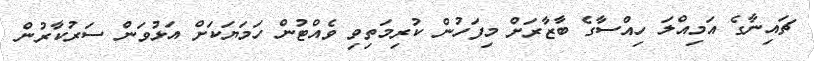
ޗައިނާގެ އަމިއްލަ ހިއްސާގެ ބާޒާރަށް މިފަހުން ކުރިމަތިވި ވެއްޓުން ހަމަޔަކަށް އަޅުވަން ސަރުކާރުން